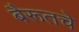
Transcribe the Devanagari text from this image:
बैरूतचे